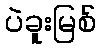
ပဲခူးမြစ်